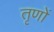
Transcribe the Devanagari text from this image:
तृणों